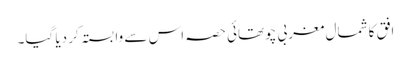
افق کا شمال مغربی چوتھائی حصہ اس سے وابستہ کر دیا گیا۔